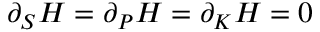
\partial _ { S } H = \partial _ { P } H = \partial _ { K } H = 0